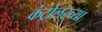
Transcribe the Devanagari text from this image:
कंट्रोलरच्या